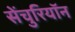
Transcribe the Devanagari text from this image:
सेंचुरियॉन